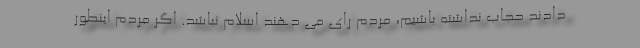
دادند حجاب نداشته باشیم، مردم رای می دهند اسلام نباشد. اگر مردم اینطور